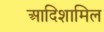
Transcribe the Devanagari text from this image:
आदिशामिल